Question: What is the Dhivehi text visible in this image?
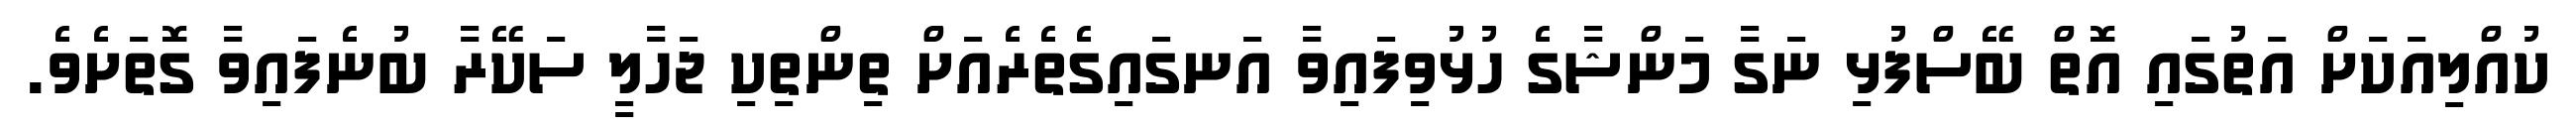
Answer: ކުއްލިއަކަށް އަތުގައި އޮތް ބޭސްފުޅި ނަގާ މަންޝާގެ ހުޅުވިފައިވާ އަނގައިގެތެރެއަށް ތިންތިކި ޖަހާލީ ސަކޭރާ ބުނެފައިވާ ގޮތަށެވެ.